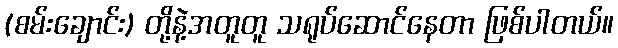
(စမ်းချောင်း) တို့နဲ့အတူတူ သရုပ်ဆောင်နေတာ ဖြစ်ပါတယ်။